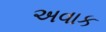
અવાક